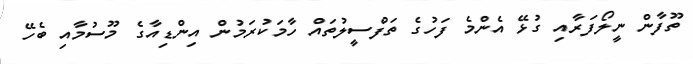
ތޫފާން ނީލޯފަރާއި ގުޅޭ އެންމެ ފަހުގެ ތަފްސީލުތައް ހާމަކުރަމުން އިންޑިއާގެ މޫސުމާއި ބެހޭ